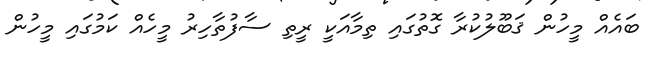
ބައެއް މީހުން ޤަބޫލުކުރާ ގޮތުގައި ތިމާއަކީ ރީތި ސާފުތާހިރު މީހެއް ކަމުގައި މީހުން